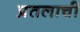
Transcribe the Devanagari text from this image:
प्रतलाची